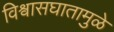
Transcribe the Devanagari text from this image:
विश्र्वासघातामुळे